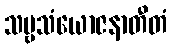
သဗ္ဗသံယောဇနာတီတံ